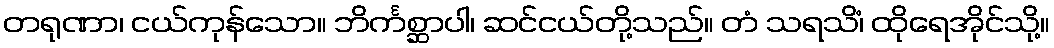
တရုဏာ၊ ငယ်ကုန်သော။ ဘိင်္ကစ္ဆာပါ၊ ဆင်ငယ်တို့သည်။ တံ သရသိံ၊ ထိုရေအိုင်သို့။